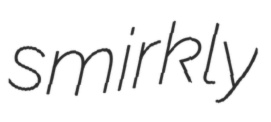
smirkly